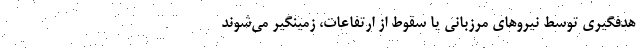
هدفگيري توسط نيروهاي مرزباني يا سقوط از ارتفاعات، زمينگير مي‌شوند